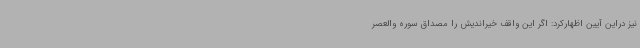
نیز دراین آیین اظهارکرد: اگر این واقف خیراندیش را مصداق سوره والعصر